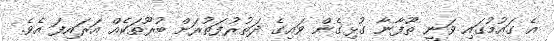
އެ ގައުމުގައި ވަނީ ތޫފާނާ ގުޅިގެން ވައިގެ ދަތުރުފަތުރަށް ބުރޫތަކެއް އަރައިފަ އެވެ.